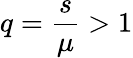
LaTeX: q=\frac{s}{\mu}>1